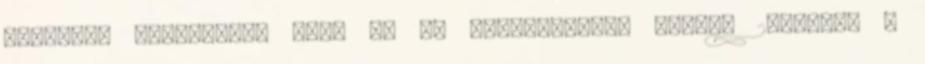
Országos Szövetsége VOSZ az Év Vállalkozója Díját, 2006-ban a